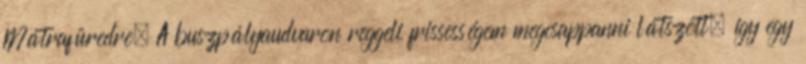
Mátrafüredre. A buszpályaudvaron reggeli frissességem megcsappanni látszott, így egy